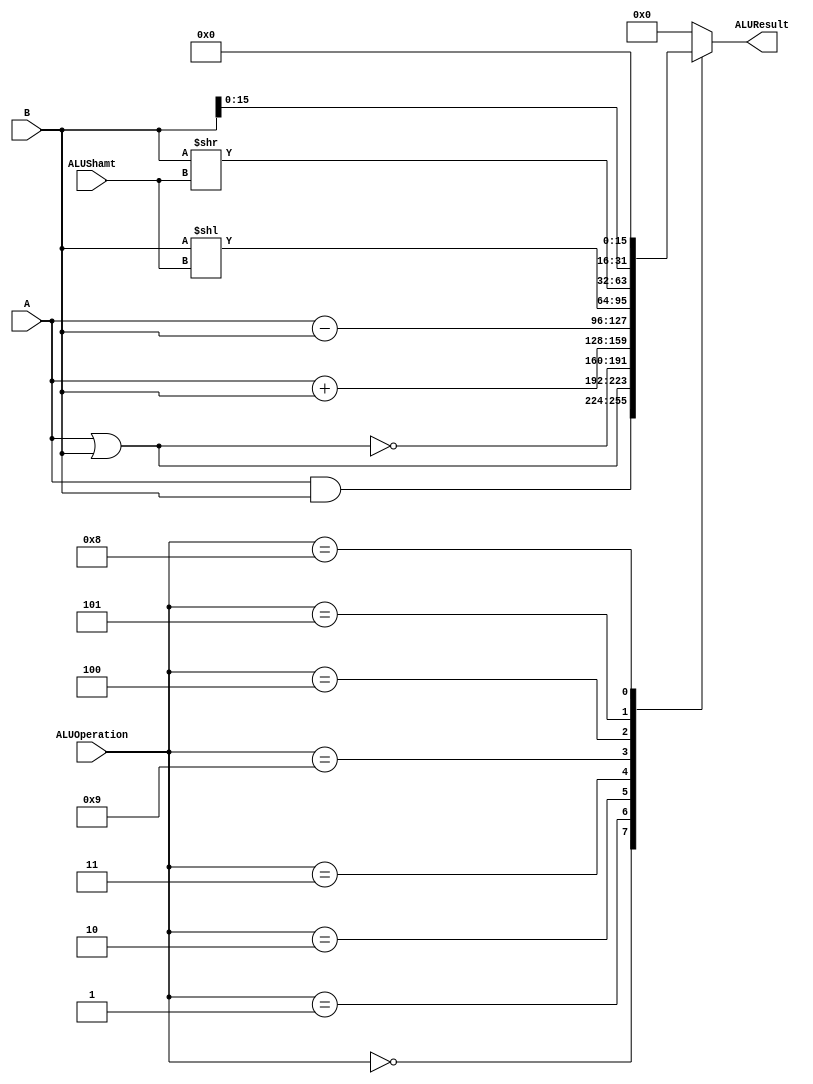
module ALU 
(
  input [3:0] ALUOperation,
  input [31:0] A,
  input [31:0] B,
  input [4:0] ALUShamt,
  output reg [31:0]ALUResult
);

  //All possible operations.
  localparam AND  = 4'b0000;
  localparam OR   = 4'b0001;
  localparam NOR  = 4'b0010;
  localparam ADD  = 4'b0011;
  localparam SLL  = 4'b0100;
  localparam SRL  = 4'b0101;
  localparam ORI  = 4'b0111;
  localparam LUI  = 4'b1000;
  localparam SUB  = 4'b1001;

  always @ (A or B or ALUOperation or ALUShamt)
    begin
      case (ALUOperation)
        AND:
          ALUResult = A & B;
        OR:
          ALUResult = A | B;
        NOR:
          ALUResult = ~(A|B);
        ADD:
          ALUResult = A + B;
        SUB:
          ALUResult = A - B;
        SLL:
          ALUResult = B << ALUShamt;
        SRL:
          ALUResult = B >> ALUShamt;
        LUI:
          ALUResult = {B[15:0],16'h0000};
        default:
          ALUResult = 0;
      endcase
    end
endmodule